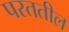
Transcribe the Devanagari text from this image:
परततील